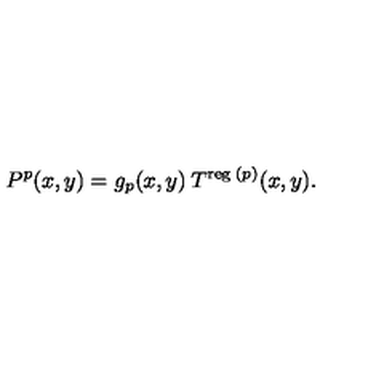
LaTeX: P ^ { p } ( x , y ) = g _ { p } ( x , y ) \: T ^ { \mathrm { \scriptsize { r e g } } \: ( p ) } ( x , y ) .